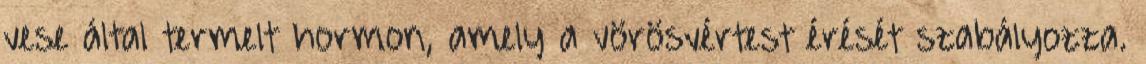
vese által termelt hormon, amely a vörösvértest érését szabályozza.